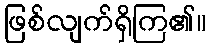
ဖြစ်လျက်ရှိကြ၏။